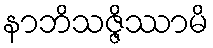
နာဘိသဇ္ဇိဿာမိ